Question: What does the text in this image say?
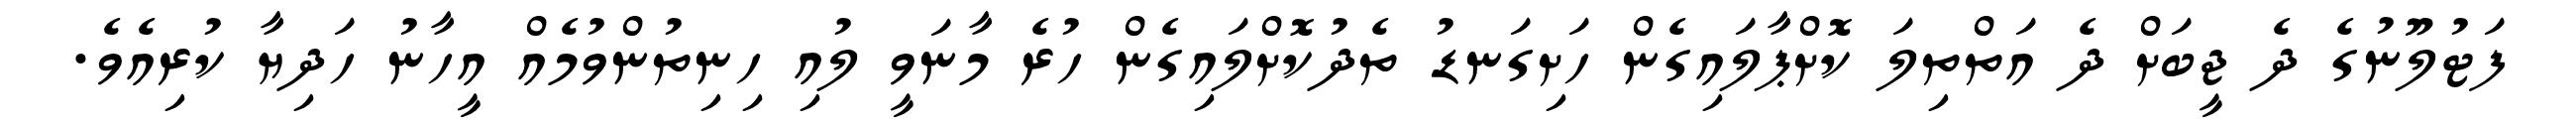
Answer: ފަޓުލޫނުގެ ދެ ޖީބަށް ދެ އަތްތިލަ ކޮށްޕާލައިގެން ހަށިގަނޑު ތެދުކޮށްލައިގެން ހުރެ މާނަވީ ލުއި ހިނިތުންވުމެއް އީހާނު ހަދިޔާ ކުރިއެވެ.